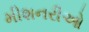
મીશનરીઓ